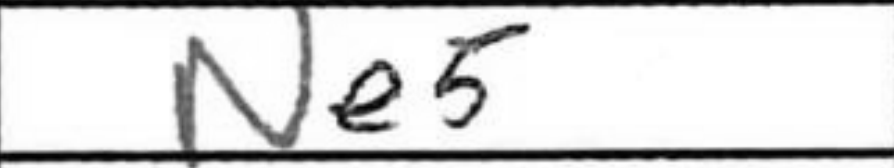
Transcription: Ne5